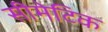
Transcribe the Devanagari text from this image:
सीमेटिक